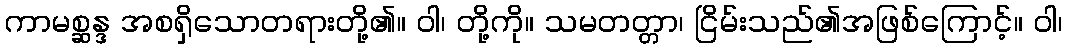
ကာမစ္ဆန္ဒ အစရှိသောတရားတို့၏။ ဝါ၊ တို့ကို။ သမတတ္တာ၊ ငြိမ်းသည်၏အဖြစ်ကြောင့်။ ဝါ၊